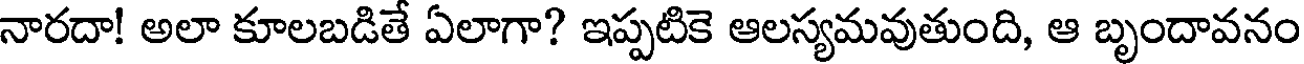
నారదా! అలా కూలబడితే ఏలాగా? ఇప్పటికె ఆలస్యమవుతుంది, ఆ బృందావనం